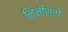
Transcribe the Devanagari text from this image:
निनीस्तो